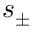
s _ { \pm }